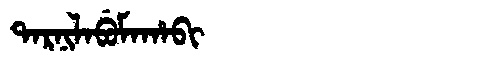
Manchu: ᡨᠠᡵᠨᡳᠯᠠᠪᡠᠮᠠᡥᠠᠪᡳ
Romanization: TARNILABUMAHABI